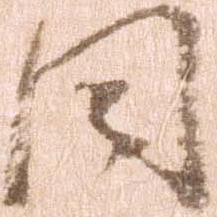
同